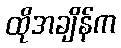
ထိုအချိန်က